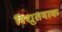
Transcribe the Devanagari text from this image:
विद्युतवाक